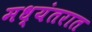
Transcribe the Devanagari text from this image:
मध्यंतरात